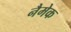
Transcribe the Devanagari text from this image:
नैमेक